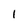
Character: 1